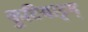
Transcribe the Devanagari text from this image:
कुटियाट्टम्